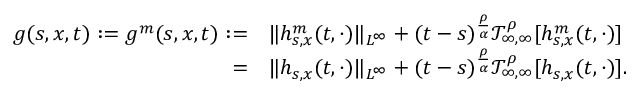
\begin{array} { r l } { g ( s , x , t ) : = g ^ { m } ( s , x , t ) : = } & { \Vert h _ { s , x } ^ { m } ( t , \cdot ) \Vert _ { L ^ { \infty } } + ( t - s ) ^ { \frac { \rho } { \alpha } } \mathcal { T } _ { \infty , \infty } ^ { \rho } [ h _ { s , x } ^ { m } ( t , \cdot ) ] } \\ { = } & { \Vert h _ { s , x } ( t , \cdot ) \Vert _ { L ^ { \infty } } + ( t - s ) ^ { \frac { \rho } { \alpha } } \mathcal { T } _ { \infty , \infty } ^ { \rho } [ h _ { s , x } ( t , \cdot ) ] . } \end{array}